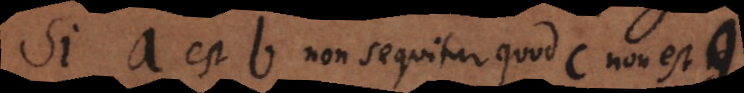
Si a est b non sequitur quod c non est g